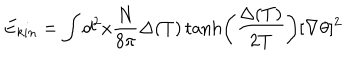
LaTeX: E _ { k i n } = \int d ^ { 2 } x \frac { N } { 8 \pi } \Delta ( T ) \tanh \left( \frac { \Delta ( T ) } { 2 T } \right) [ \nabla \theta ] ^ { 2 }